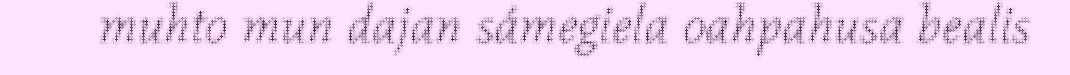
muhto mun dajan sámegiela oahpahusa bealis